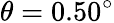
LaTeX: \theta=0.50^{\circ}